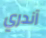
آندري